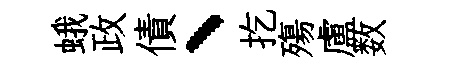
蛾政債、扢殤盧数